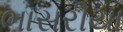
ભાસરીયા